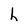
Character: h